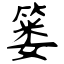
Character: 篓